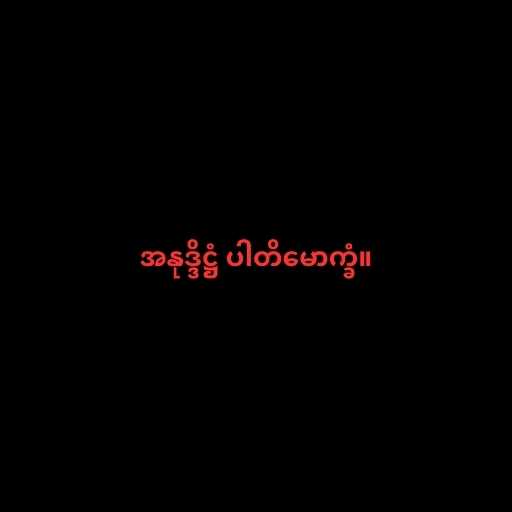
အနုဒ္ဒိဋ္ဌံ ပါတိမောက္ခံ။